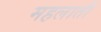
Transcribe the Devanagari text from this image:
महलाती